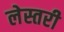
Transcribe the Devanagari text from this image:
लेस्तरी